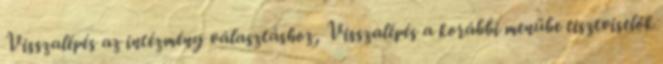
Visszalépés az intézmény választáshoz, Visszalépés a korábbi menübe tisztviselők